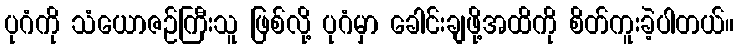
ပုဂံကို သံယောဇဉ်ကြီးသူ ဖြစ်လို့ ပုဂံမှာ ခေါင်းချဖို့အထိကို စိတ်ကူးခဲ့ပါတယ်။